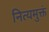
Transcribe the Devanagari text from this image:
नित्यमुक्तं